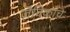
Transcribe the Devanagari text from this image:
जैविकांचे